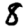
Digit: 8